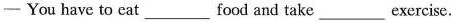
—— You have to eat___ food and take ___exercise.